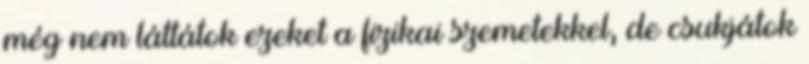
még nem láttátok ezeket a fizikai szemetekkel, de csukjátok